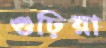
গুঢ়িয়া